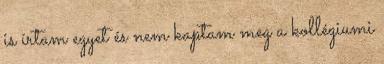
is írtam egyet és nem kaptam meg a kollégiumi